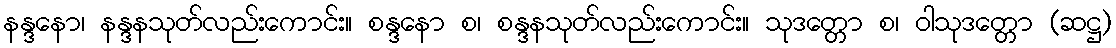
နန္ဒနော၊ နန္ဒနသုတ်လည်းကောင်း။ စန္ဒနော စ၊ စန္ဒနသုတ်လည်းကောင်း။ သုဒတ္တော စ၊ ဝါသုဒတ္တော (ဆဋ္ဌ)